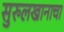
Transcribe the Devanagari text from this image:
सुरुलखानाचा